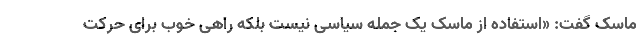
ماسک گفت: «استفاده از ماسک یک جمله سیاسی نیست بلکه راهی خوب برای حرکت